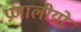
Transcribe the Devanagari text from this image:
प्रणालीयो